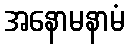
အနောမနာမံ